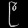
Digit: ၉